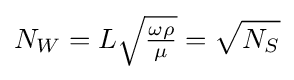
N_{W}=L{\sqrt {\tfrac {\omega \rho }{\mu }}}={\sqrt {N_{S}}}\,\!